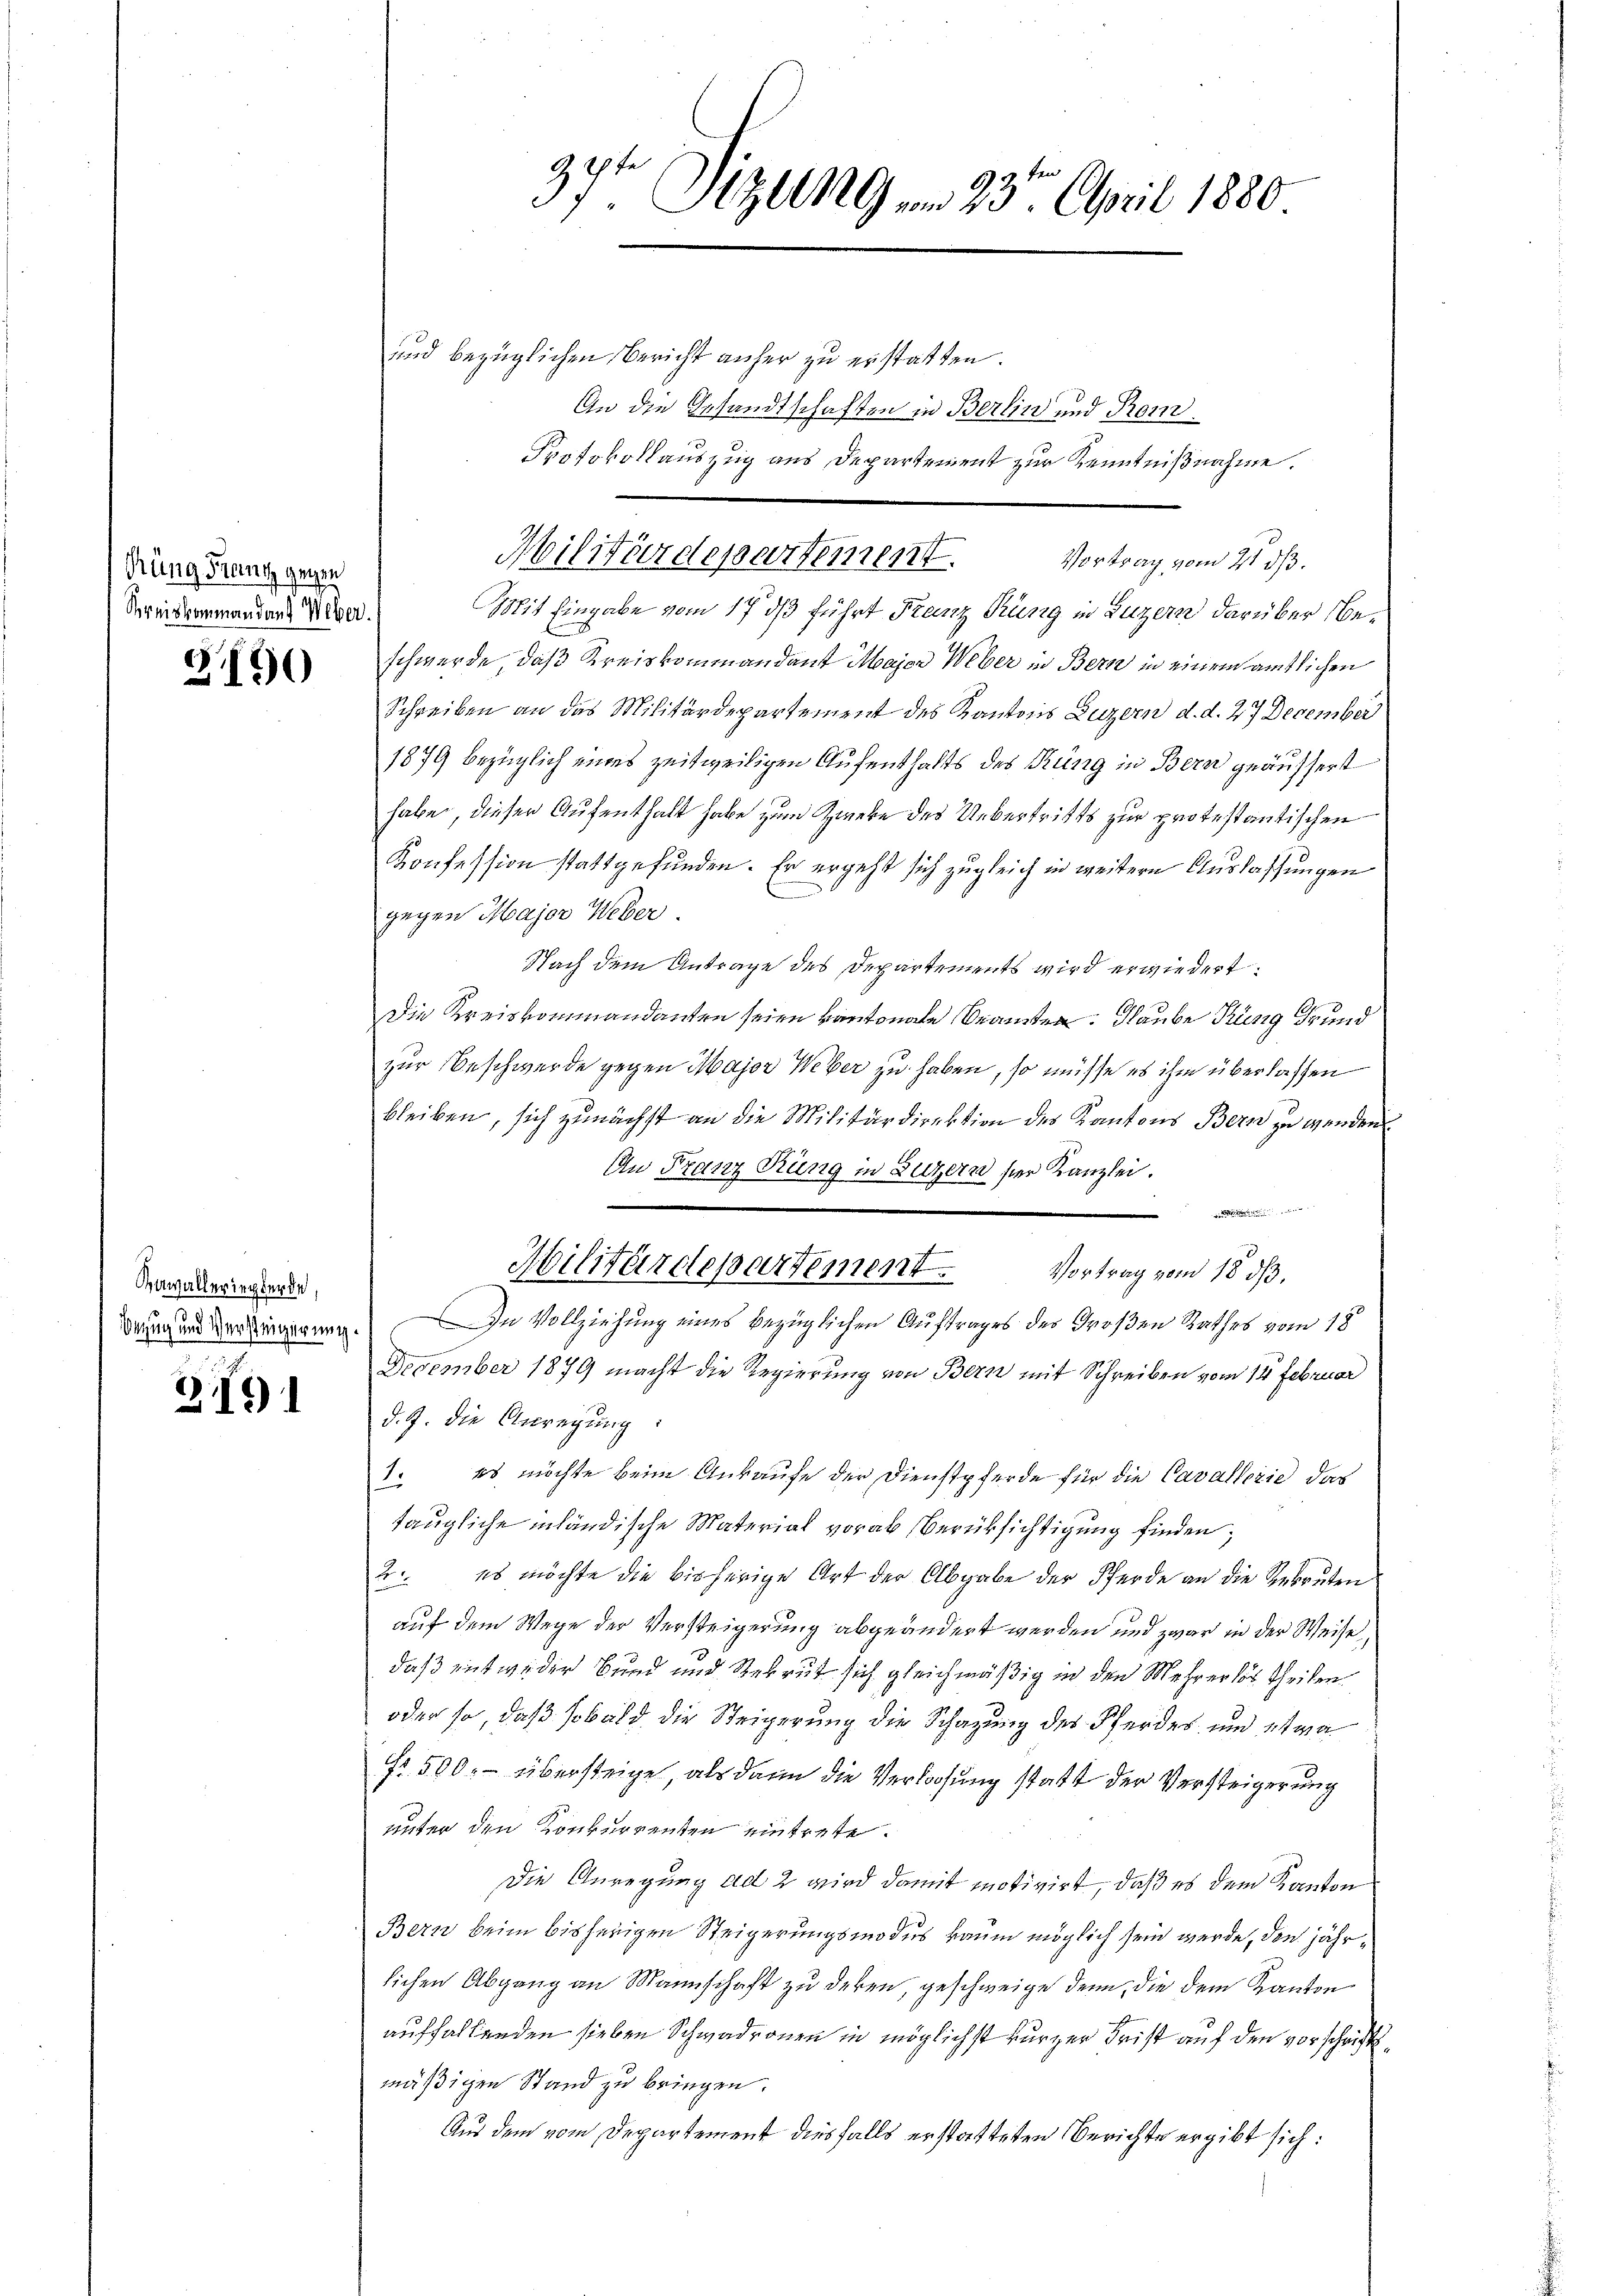
Rung Frantz gegen
Kreiskommandans Weber.

2.190

Hawalleringberde,

3791

.
37ten Sitzung vom 23. April 1880
e

und bezüglichen Bericht anher zu erstatten.
An die Gesandtschaften in Berlin und Rom¬
Mit Eingabe vom 17 dß führt Franz Krung in Luzern darüber beschwerde, daß Kreiskommandant Major Weber in Bern in einem amtlichen
Schreiben an das Militärdepartement des Kantons Luzern d. d. 27 December

1879 bezüglich eines zeitweiligen Aufenthalts des Küng in Bern geäussert
habe, dieser Aufenthalt habe zum Zweke des Uebertritts zur protestantischen
Konfession stattgefunden. Er ergeht sich zugleich in weitern Auslassungen
gegen Major Weber.
Nach dem Antrage des Departements wird erwiedert:
Die Kreiskommandanten seien kantonale Branten. Glaube Küng Grund
zur Beschwerde gegen Major Weber zu haben, so müsse es ihm überlassen
bleiben, sich zunächst an die Militärdirektion des Kantons Bern zu werden
An Franz Rung in Luzern hier Kanzlei.

Militärdepartement
Vortrag vom 18. ds.
drung und der Liegegnen. In Vollziehung eines bezüglichen Auftrages des Großen Rathes vom 18t
December 1879 macht die Regierung von Bern mit Schreiben vom 14. Februar
d. J. die Anregŭng:
1. es möchte beim Ankaufe der Dienstpferde für die Cavallerie das
taugliche inhändische Material vorab Berüksichtigung finden;
2. es möchte die bisherige Art der Abgabe der Pferde an die Gekruten
auf dem Wege der Versteigerung abgeändert werden und zwar in der Weise,
daß entweder Bund und Rekrut sich gleichmäßig in den Mehrerlös theilen.
oder so, daß sobald die Steigerung die Schazung des Pferdes, und etwa
r 500. übersteige, als dann die Verloosung statt der Versteigerung
unter den Konkurrenten eintrete.
Die Anregung ad 2 wird damit motivirt, daß es dem Kanton
Bern beim bisherigen Steigerungsmodus kaum möglich sein werde, den jährlichen Abgang an Mannschaft zu deren, geschweige denn, die dem Kanton
auffallenden sieben Schwadronen in möglichst kurzer Frist auf den vorschriftmäßigen Stand zu bringen.
Aus dem vom Departement diesfalls erstatteten Berichte ergibt sich:

Protokollauszug aus Departement zur Kenntnißnahme.
Militärdepartement.
Vortrag vom 21. ds.